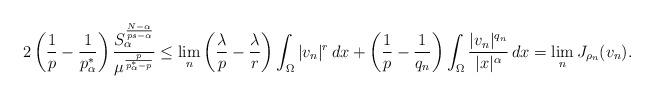
LaTeX: \begin{align*}2\left(\frac 1 p -\frac{1}{p^*_\alpha}\right)\frac{S_\alpha^{\frac{N-\alpha}{ps-\alpha}}}{\mu^{\frac{p}{p^*_\alpha-p}}}\leq \lim_{n} \left(\frac{\lambda}{p}-\frac{\lambda}{r}\right)\int_\Omega |v_n|^r\, dx +\left(\frac{1}{p}-\frac{1}{q_n}\right)\int_{\Omega}\frac{|v_n|^{q_n}}{|x|^\alpha}\, dx=\lim_{n} J_{\rho_n}(v_n).\end{align*}